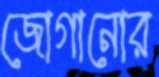
জোগানোর